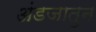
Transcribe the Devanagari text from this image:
अंडजातुन